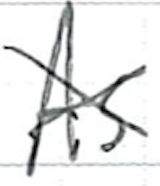
Text: As
Cross-out: cross
Writing tool: ballpoint